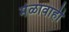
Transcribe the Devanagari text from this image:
मेळावाही